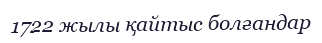
1722 жылы қайтыс болғандар